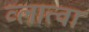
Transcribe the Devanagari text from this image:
व्लात्वा